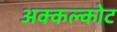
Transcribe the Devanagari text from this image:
अक्कल्कोट